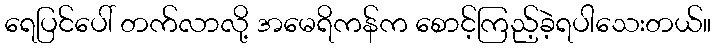
ရေပြင်ပေါ် တက်လာလို့ အမေရိကန်က စောင့်ကြည့်ခဲ့ရပါသေးတယ်။